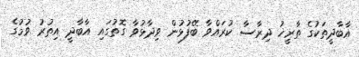
އާބާދީތަކުގެ ތާރީޚު ދިރާސާ ކުރައްވާ ބޭފުޅުން ވިދާޅުވާ ގޮތުގައި އާބާދީ އިތުރު ވުމުގެ